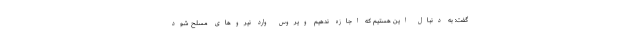
گفت: به دنبال این هستیم که اجازه ندهیم ویروس وارد نیروهاى مسلح شود